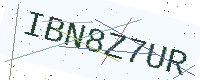
Text: IBN8Z7UR